Indian journal of veterinary science and animal husbandry - Volume 7,
Year: 1937
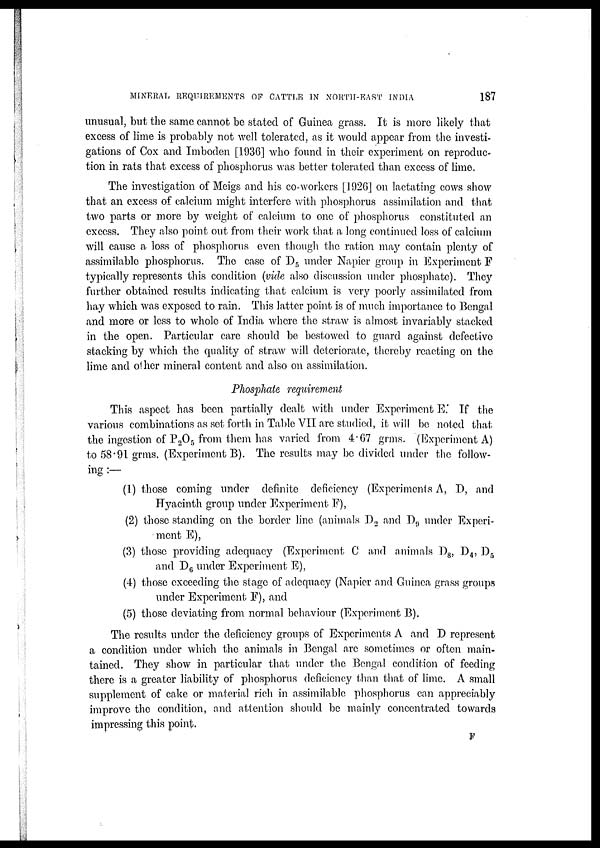
MINERAL REQUIREMENTS OF CATTLE IN NORTH-EAST INDIA
187
unusual, but the same cannot be stated of Guinea grass. It is more likely that
excess of lime is probably not well tolerated, as it would appear from the investi-
gations of Cox and Imboden [1936] who found in their experiment on reproduc-
tion in rats that excess of phosphorus was better tolerated than excess of lime.
The investigation of Meigs and his co-workers [1926] on lactating cows show
that an excess of calcium might interfere with phosphorus assimilation and that
two parts or more by weight of calcium to one of phosphorus constituted an
excess. They also point out from their work that a long continued loss of calcium
will cause a loss of phosphorus even though the ration may contain plenty of
assimilable phosphorus. The case of D 5 under Napier group in Experiment F
typically represents this condition (vide also discussion under phosphate). They
further obtained results indicating that calcium is very poorly assimilated from
hay which was exposed to rain. This latter point is of much importance to Bengal
and more or less to whole of India where the straw is almost invariably stacked
in the open. Particular care should be bestowed to guard against defective
stacking by which the quality of straw will deteriorate, thereby reacting on the
lime and other mineral content and also on assimilation.
Phosphate requirement
This aspect has been partially dealt with under Experiment E.' If the
various combinations as set forth in Table VII are studied, it will be noted that
the ingestion of P 2 O 5 from them has varied from 4.67 grms. (Experiment A)
to 58.91 grms. (Experiment B). The results may be divided under the follow-
ing :—
(1) those coming under definite deficiency (Experiments A, D, and
Hyacinth group under Experiment F),
(2) those standing on the border line (animals D 2 and D 9 under Experi-
ment E),
(3) those providing adequacy (Experiment C and animals D 8 , D 4 , D 5
and D 6 under Experiment E),
(4) those exceeding the stage of adequacy (Napier and Guinea grass groups
under Experiment E), and
(5) those deviating from normal behaviour (Experiment B).
The results under the deficiency groups of Experiments A and D represent
a condition under which the animals in Bengal are sometimes or often main-
tained. They show in particular that under the Bengal condition of feeding
there is a greater liability of phosphorus deficiency than that of lime. A small
supplement of cake or material rich in assimilable phosphorus can appreciably
improve the condition, and attention should be mainly concentrated towards
impressing this point.
F